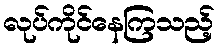
လုပ်ကိုင်နေကြသည့်